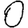
Digit: 0